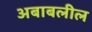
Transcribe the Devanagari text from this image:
अबाबलील